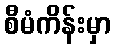
စီမံကိန်းမှာ